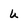
Character: u